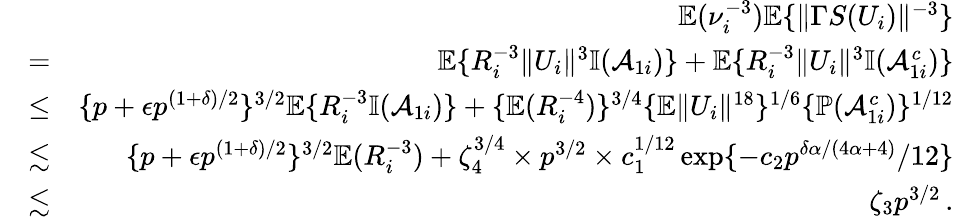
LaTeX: \begin{array}{rlr}&{}&{{\mathbb{E}}(\nu_{i}^{-3}){\mathbb{E}}\{ \| \Gamma S(U_{i})\| ^{-3}\} }\\ &{=}&{{\mathbb{E}}\{ R_{i}^{-3}\| U_{i}\| ^{3}{\mathbb{I}}(\mathcal{A}_{1i})\} +{\mathbb{E}}\{ R_{i}^{-3}\| U_{i}\| ^{3}{\mathbb{I}}(\mathcal{A}_{1i}^{c})\} }\\ &{\leq}&{\{ p+\epsilon p^{(1+\delta)/2}\} ^{3/2}{\mathbb{E}}\{ R_{i}^{-3}{\mathbb{I}}(\mathcal{A}_{1i})\} +\{ {\mathbb{E}}(R_{i}^{-4})\} ^{3/4}\{ {\mathbb{E}}\| U_{i}\| ^{18}\} ^{1/6}\{ {\mathbb{P}}(\mathcal{A}_{1i}^{c})\} ^{1/12}}\\ &{\lesssim}&{\{ p+\epsilon p^{(1+\delta)/2}\} ^{3/2}{\mathbb{E}}(R_{i}^{-3})+\zeta_{4}^{3/4}\times p^{3/2}\times c_{1}^{1/12}\exp\{ -c_{2}p^{\delta\alpha/(4\alpha+4)}/12\} }\\ &{\lesssim}&{\zeta_{3}p^{3/2}\, .}\end{array}